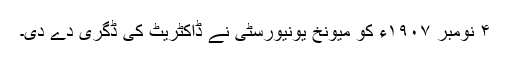
۴ نومبر ١٩٠۷ء کو میونخ یونیورسٹی نے ڈاکٹریٹ کی ڈگری دے دی۔